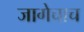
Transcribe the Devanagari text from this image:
जागेचाच